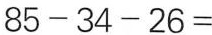
$$85-34-26=$$